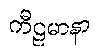
ကီဠမာနာ